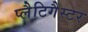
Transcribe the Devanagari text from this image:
प्लैटिगैस्टर